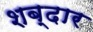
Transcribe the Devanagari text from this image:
शब्दार